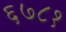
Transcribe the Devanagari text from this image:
६७८१